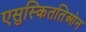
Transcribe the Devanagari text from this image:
एसुस्किततिओन